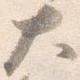
大